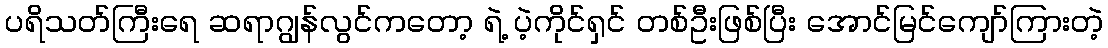
ပရိသတ်ကြီးရေ ဆရာဂျွန်လွင်ကတော့ ရဲ့ ပဲ့ကိုင်ရှင် တစ်ဦးဖြစ်ပြီး အောင်မြင်ကျော်ကြားတဲ့